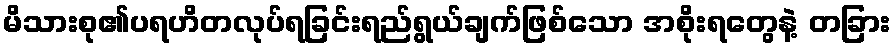
မိသားစု၏ပရဟိတလုပ်ရခြင်းရည်ရွယ်ချက်ဖြစ်သော အစိုးရတွေနဲ့ တခြား